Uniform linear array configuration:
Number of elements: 48
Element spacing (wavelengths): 1
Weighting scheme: cosine
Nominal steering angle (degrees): -45
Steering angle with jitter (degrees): -44.937
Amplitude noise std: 0.05
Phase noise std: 0.05

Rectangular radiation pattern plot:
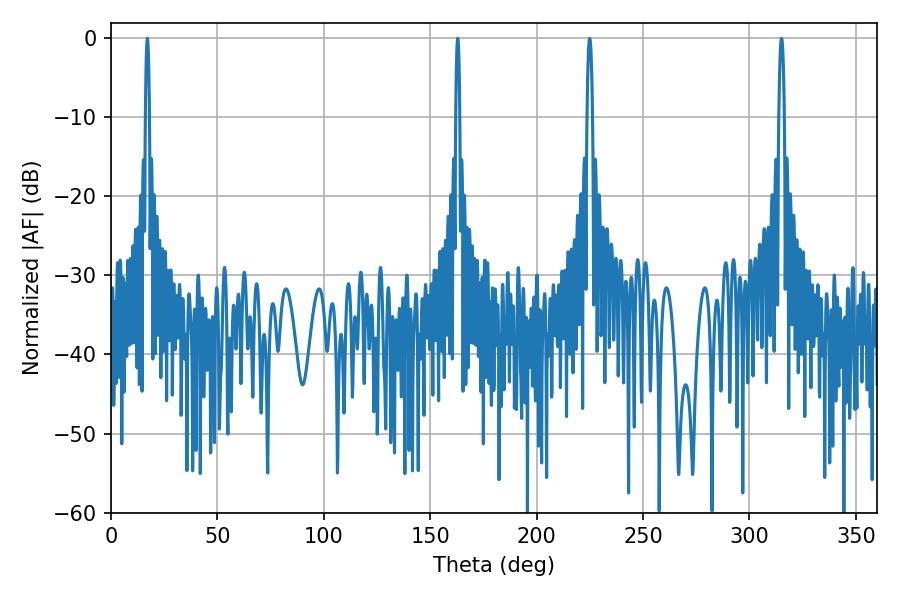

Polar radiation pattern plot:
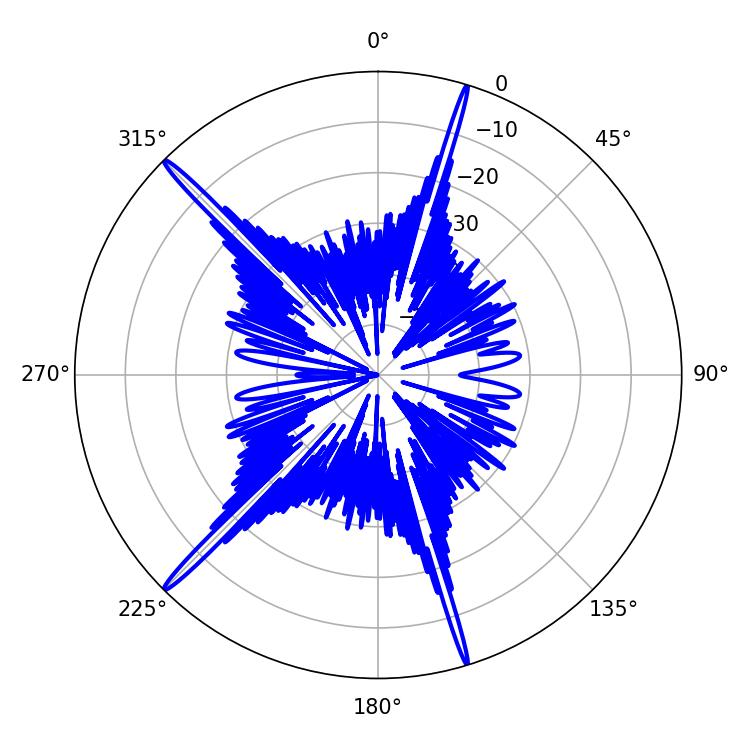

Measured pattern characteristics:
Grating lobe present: TRUE
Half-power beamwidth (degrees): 1.08
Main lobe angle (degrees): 162.9